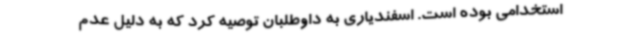
استخدامی بوده است. اسفندیاری به داوطلبان توصیه کرد که به دلیل عدم